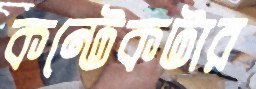
কন্টেকটার